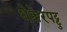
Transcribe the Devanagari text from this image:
थेक्केरपट्टु